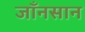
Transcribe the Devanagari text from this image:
जाँनसान